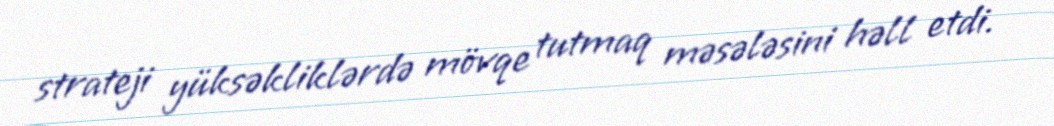
strateji yüksəkliklərdə mövqe tutmaq məsələsini həll etdi.